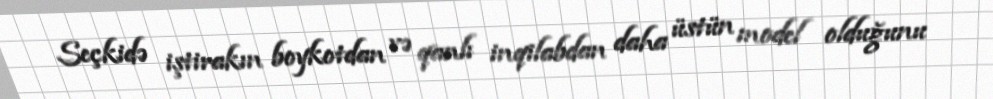
Seçkidə iştirakın boykotdan və qanlı inqilabdan daha üstün model olduğunu